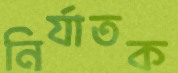
নির্যাতক